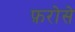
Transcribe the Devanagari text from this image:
फ़रोसे